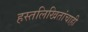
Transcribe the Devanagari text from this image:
हस्तलिखितांचाही